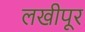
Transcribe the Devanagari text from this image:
लखीपूर